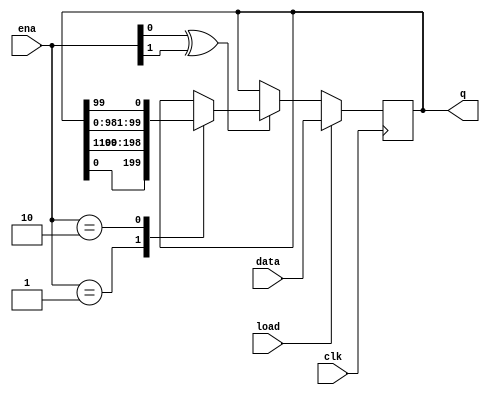
module top_module(
    input clk,
    input load,
    input [1:0] ena,
    input [99:0] data,
    output reg [99:0] q); 
    reg i;
    always @(posedge clk) begin
        if(load) begin
            q <= data;
        end
        else begin
            if(ena[0]^ena[1]) begin
                case (ena)
                    /*right*/
                    2'b01: begin
                        q <= {q[0], q[99:1]};
                    end
                    /*left*/
                    2'b10: begin
                        q <= {q[98:0], q[99]};
                    end
                endcase
            end
         end
    end
endmodule